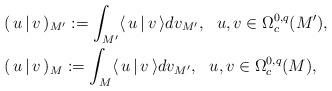
LaTeX: \begin{align*}&(\,u\,|\,v\,)_{M'}:=\int_{M'}\langle\,u\,|\,v\,\rangle dv_{M'},\ \ u, v\in\Omega^{0,q}_c(M'),\\&(\,u\,|\,v\,)_{M}:=\int_M\langle\,u\,|\,v\,\rangle dv_{M'},\ \ u, v\in\Omega^{0,q}_c(M),\end{align*}